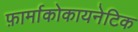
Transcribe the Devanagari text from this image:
फ़ार्माकोकायनेटिक